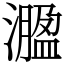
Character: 㵬